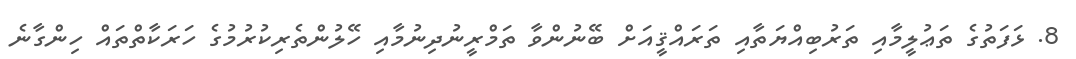
8. ޅަފަތުގެ ތަޢުލީމާއި ތަރުބިއްޔަތާއި ތަރައްޤީއަށް ބޭނުންވާ ތަމްރީނުދިނުމާއި ހޭލުންތެރިކުރުމުގެ ހަރަކާތްތައް ހިންގާނެ